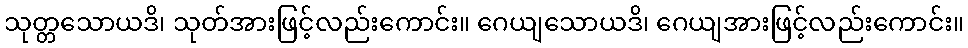
သုတ္တသောယဒိ၊ သုတ်အားဖြင့်လည်းကောင်း။ ဂေယျသောယဒိ၊ ဂေယျအားဖြင့်လည်းကောင်း။